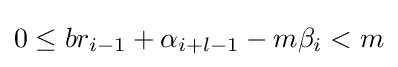
0\leq br_{i-1}+\alpha _{i+l-1}-m\beta _{i}<m